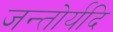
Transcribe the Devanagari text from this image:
जन्तोर्यदि